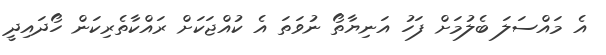
އެ މައްސަލަ ބެލުމަށް ފަހު އަނިޔާތޯ ނުވަތަ އެ ކުއްޖަކަށް ރައްކާތެރިކަން ހޯދައިދީ